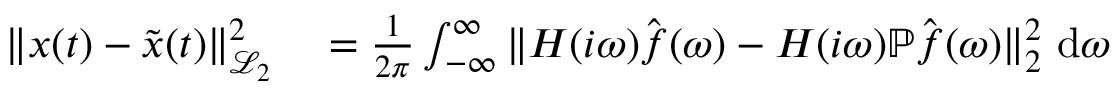
\begin{array} { r l } { \| \b { x } ( t ) - \tilde { \b { x } } ( t ) \| _ { \mathcal { L } _ { 2 } } ^ { 2 } } & { { } = \frac { 1 } { 2 \pi } \int _ { - \infty } ^ { \infty } \| \b { H } ( i \omega ) \hat { \b { f } } ( \omega ) - \b { H } ( i \omega ) \mathbb { P } \hat { \b { f } } ( \omega ) \| _ { 2 } ^ { 2 } ~ \mathrm { d } \omega } \end{array}